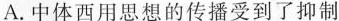
A.中体西用思想的传播受到了抑制